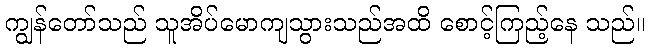
ကျွန်တော်သည် သူအိပ်မောကျသွားသည်အထိ စောင့်ကြည့်နေ သည်။